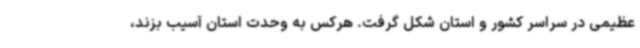
عظیمی در سراسر کشور و استان شکل گرفت. هرکس به وحدت استان آسیب بزند،